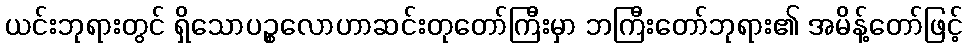
ယင်းဘုရားတွင် ရှိသောပဉ္စလောဟာဆင်းတုတော်ကြီးမှာ ဘကြီးတော်ဘုရား၏ အမိန့်တော်ဖြင့်